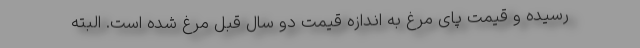
رسیده و قیمت پای مرغ به اندازه قیمت دو سال قبل مرغ شده است. البته